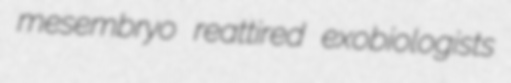
mesembryo reattired exobiologists